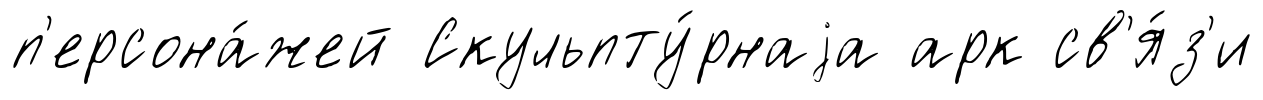
п'ерсона́жей Скульпту́рнаjа арк св'я́з'и